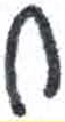
אות: ח